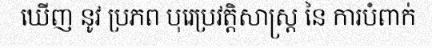
ឃើញ នូវ ប្រភព បុរេប្រវត្តិសាស្ត្រ នៃ ការបំពាក់